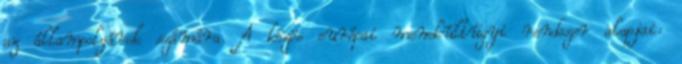
az állampolgárok számára. A közös európai menekültügyi rendszer alapjai: